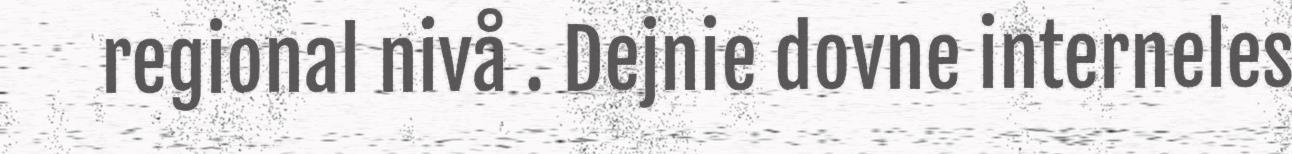
regional nivå . Dejnie dovne interneles